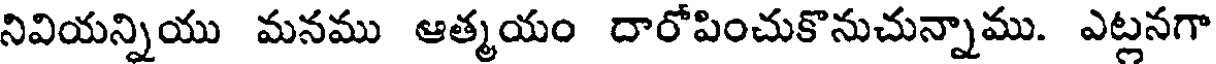
నివియన్నియు మనము ఆత్మయం దారోపించుకొనుచున్నాము. ఎట్లనగా